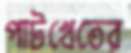
পাটখেতের